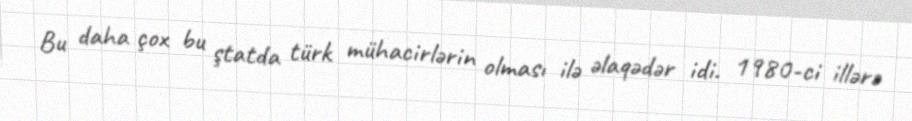
Bu daha çox bu ştatda türk mühacirlərin olması ilə əlaqədər idi. 1980-ci illərə